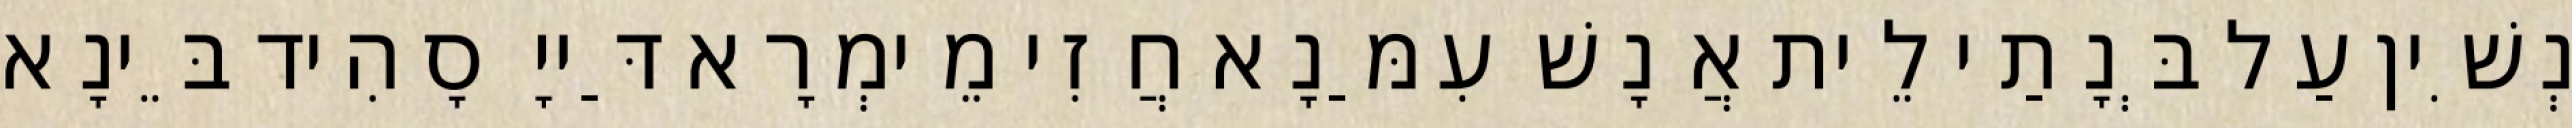
נְשִׁין עַל בְּנָתַי לֵית אֲנָשׁ עִמַּנָא חֲזִי מֵימְרָא דַּייָ סָהִיד בֵּינָא